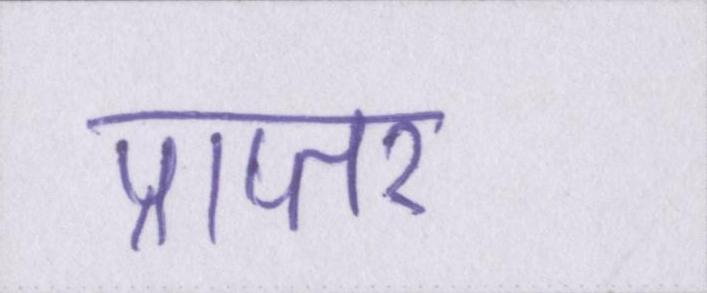
प्राप्तर